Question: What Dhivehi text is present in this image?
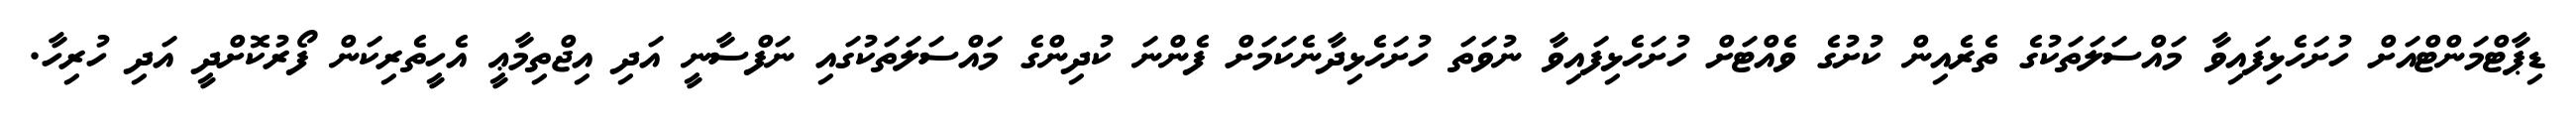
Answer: ޑިޕާޓްމަންޓްއަށް ހުށަހެޅިފައިވާ މައްސަލަތަކުގެ ތެރެއިން ކުށުގެ ވެއްޓަށް ހުށަހެޅިފައިވާ ނުވަތަ ހުށަހެޅިދާނެކަމަށް ފެންނަ ކުދިންގެ މައްސަލަތަކުގައި ނަފްސާނީ އަދި އިޖްތިމާޢީ އެހީތެރިކަން ފޯރުކޮށްދީ އަދި ހުރިހާ.